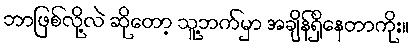
ဘာဖြစ်လို့လဲ ဆိုတော့ သူ့ဘက်မှာ အချိန်ရှိနေတာကိုး။